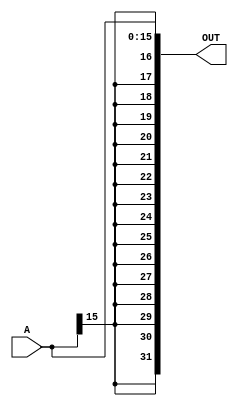
`timescale 1ns / 1ps
//////////////////////////////////////////////////////////////////////////////////
// Company: 
// Engineer: 
// 
// Design Name: 
// Module Name: sign_extender
// Project Name: 
// Target Devices: 
// Tool Versions: 
// Description: 
// 
// Dependencies: 
// 
// Revision:
// Revision 0.01 - File Created
// Additional Comments:
// 
//////////////////////////////////////////////////////////////////////////////////


module sign_extender(
    input [15:0] A,
    output reg [31:0] OUT
    );
always@(*)
 
begin
OUT[15:0] = A;
OUT[31:16] = {16{A[15]}};
end 

endmodule